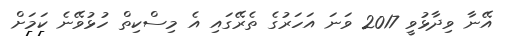
އޭނާ ވިދާޅުވީ 2017 ވަނަ އަހަރުގެ ތެރޭގައި އެ މިސްކިތް ހުޅުވޭނެ ކަމަށް